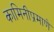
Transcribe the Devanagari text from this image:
कामिनीप्रमाणे